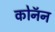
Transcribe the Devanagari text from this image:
कोनॅन